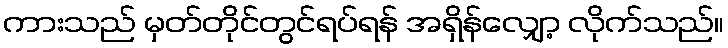
ကားသည် မှတ်တိုင်တွင်ရပ်ရန် အရှိန်လျှော့ လိုက်သည်။